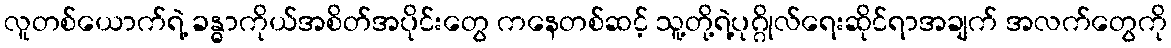
လူတစ်ယောက်ရဲ့ ခန္ဓာကိုယ်အစိတ်အပိုင်းတွေ ကနေတစ်ဆင့် သူ့တို့ရဲ့ပုဂ္ဂိုလ်ရေးဆိုင်ရာအချက် အလက်တွေကို